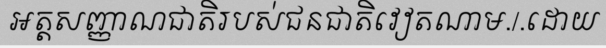
អត្តសញ្ញាណជាតិរបស់ជនជាតិវៀតណាម./.ដោយ